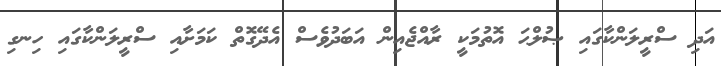
އަދި ސްރީލަންކާގައި ޞުލްޙަ އޮތުމަކީ ރާއްޖެއިން އަބަދުވެސް އެދޭގޮތް ކަމަށާއި ސްރީލަންކާގައި ހިނގި